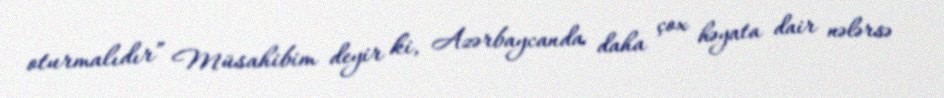
oturmalıdır” Müsahibim deyir ki, Azərbaycanda daha çox həyata dair nələrsə